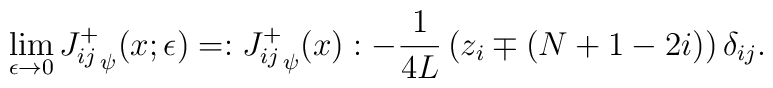
\lim_{\epsilon \rightarrow 0} {J^+_{ij}}_{\psi}(x;\epsilon)=:{J^+_{ij}}_{\psi}(x): -\frac{1}{4L}\left(z_i\mp(N+1-2i)\right)\delta_{ij}.